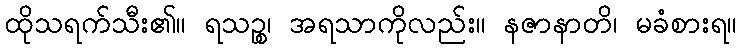
ထိုသရက်သီး၏။ ရသဉ္စ၊ အရသာကိုလည်း။ နဇာနာတိ၊ မခံစားရ။